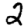
Digit: 2